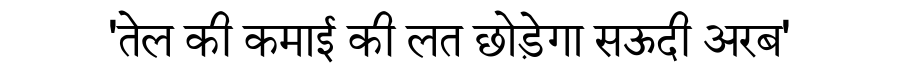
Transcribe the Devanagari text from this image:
'तेल की कमाई की लत छोड़ेगा सऊदी अरब'